General report no. 6 on the lunatic asylums, vaccination and dispensaries in the Bengal Presidency, 1873 -
Year: 1873
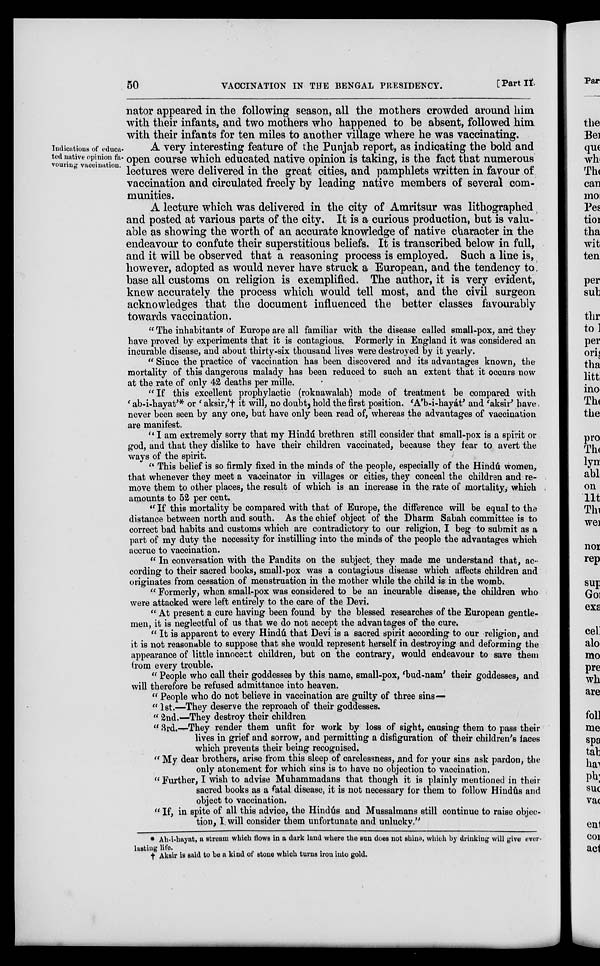
50
VACCINATION IN THE BENGAL PRESIDENCY.
[Part II.
nator appeared in the following season, all the mothers crowded around him
with their infants, and two mothers who happened to be absent, followed him
with their infants for ten miles to another village where he was vaccinating.
Indications of educa-
ted native opinion fa-
vouring vaccination.
A very interesting feature of the Punjab report, as indicating the bold and
open course which educated native opinion is taking, is the fact that numerous
lectures were delivered in the great cities, and pamphlets written in favour of
vaccination and circulated freely by leading native members of several com-
munities.
A lecture which was delivered in the city of Amritsur was lithographed
and posted at various parts of the city. It is a curious production, but is valu-
able as showing the worth of an accurate knowledge of native character in the
endeavour to confute their superstitious beliefs. It is transcribed below in full,
and it will be observed that a reasoning process is employed. Such a line is,
however, adopted as would never have struck a European, and the tendency to
base all customs on religion is exemplified. The author, it is very evident,
knew accurately the process which would tell most, and the civil surgeon
acknowledges that the document influenced the better classes favourably
towards vaccination.
" The inhabitants of Europe are all familiar with the disease called small-pox, and they
have proved by experiments that it is contagious. Formerly in England it was considered an
incurable disease, and about thirty-six thousand lives were destroyed by it yearly.
" Since the practice of vaccination has been discovered and its advantages known, the
mortality of this dangerous malady has been reduced to such an extent that it occurs now
at the rate of only 42 deaths per mille.
" If this excellent prophylactic (roknawalah) mode of treatment be compared with
' ab-i-hayat'* or 'aksir,'† it will, no doubt, hold the first position. 'A'b-i-hayát' and 'aksir' have
never been seen by any one, but have only been read of, whereas the advantages of vaccination
are manifest.
"I am extremely sorry that my Hindú brethren still consider that small-pox is a spirit or
god, and that they dislike to have their children vaccinated, because they fear to avert the
ways of the spirit.
" This belief is so firmly fixed in the minds of the people, especially of the Hindú women,
that whenever they meet a vaccinator in villages or cities, they conceal the children and re-
move them to other places, the result of which is an increase in the rate of mortality, which
amounts to 52 per cent.
" If this mortality be compared with that of Europe, the difference will be equal to the
distance between north and south. As the chief object of the Dharm Sabah committee is to
correct bad habits and customs which are contradictory to our religion, I beg to submit as a
part of my duty the necessity for instilling into the minds of the people the advantages which
accrue to vaccination.
" In conversation with the Pandits on the subject they made me understand that, ac-
cording to their sacred books, small-pox was a contagious disease which affects children and
originates from cessation of menstruation in the mother while the child is in the womb.
" Formerly, when small-pox was considered to be an incurable disease, the children who
were attacked were left entirely to the care of the Devi.
" At present a cure having been found by the blessed researches of the European gentle-
men, it is neglectful of us that we do not accept the advantages of the cure.
" It is apparent to every Hindú that Devi is a sacred spirit according to our religion, and
it is not reasonable to suppose that she would represent herself in destroying and deforming the
appearance of little innocent children, but on the contrary, would endeavour to save them
from every trouble.
" People who call their goddesses by this name, small-pox, 'bud-nam' their goddesses, and
will therefore be refused admittance into heaven.
" People who do not believe in vaccination are guilty of three sins—
" 1st.—They deserve the reproach of their goddesses.
" 2nd.—They destroy their children
" 3rd.—They render them unfit for work by loss of sight, causing them to pass their
lives in grief and sorrow, and permitting a disfiguration of their children's faces
which prevents their being recognised.
" My dear brothers, arise from this sleep of carelessness, and for your sins ask pardon, the
only atonement for which sins is to have no objection to vaccination.
" Further, I wish to advise Muhammadans that though it is plainly mentioned in their
sacred books as a fatal disease, it is not necessary for them to follow Hindûs and
object to vaccination.
" If, in spite of all this advice, the Hindús and Mussalmans still continue to raise objec-
tion, I will consider them unfortunate and unlucky."
* Ah-i-hayat, a stream which flows in a dark land where the sun does not shine, which by drinking will give ever-
lasting life.
† Aksir it said to be a kind of stone which turns iron into gold.